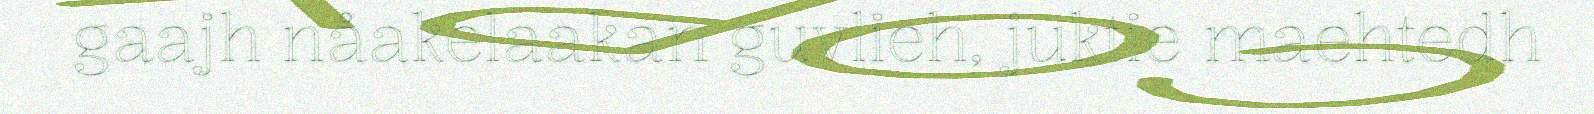
gaajh nåakelaakan guvlieh, juktie maehtedh